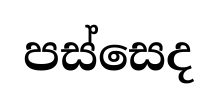
පස්සෙද